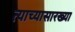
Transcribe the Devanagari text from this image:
त्याच्यासारख्या